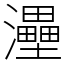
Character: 灅